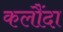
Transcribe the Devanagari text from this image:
कलौंदा